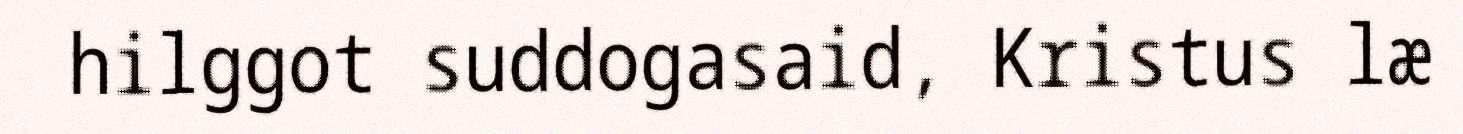
hilggot suddogasaid, Kristus læ